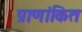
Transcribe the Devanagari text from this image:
प्राणांकित